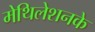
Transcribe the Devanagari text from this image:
मेथिलेशनके